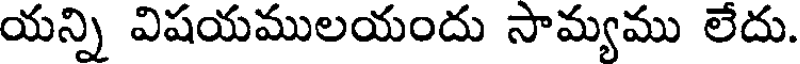
యన్ని విషయములయందు సామ్యము లేదు.